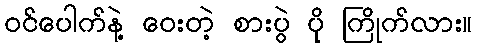
ဝင်ပေါက်နဲ့ ဝေးတဲ့ စားပွဲ ပို ကြိုက်လား။